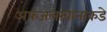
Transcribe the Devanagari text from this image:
अफजलखानाकडे